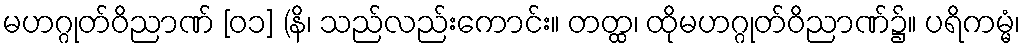
မဟဂ္ဂုတ်ဝိညာဏ် [၀၁] (နိ၊ သည်လည်းကောင်း။ တတ္ထ၊ ထိုမဟဂ္ဂုတ်ဝိညာဏ်၌။ ပရိကမ္မံ၊